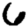
Digit: 6